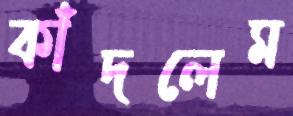
কাঁদলেম